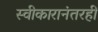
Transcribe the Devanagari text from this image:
स्वीकारानंतरही